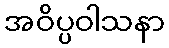
အဝိပ္ပဝါသနာ